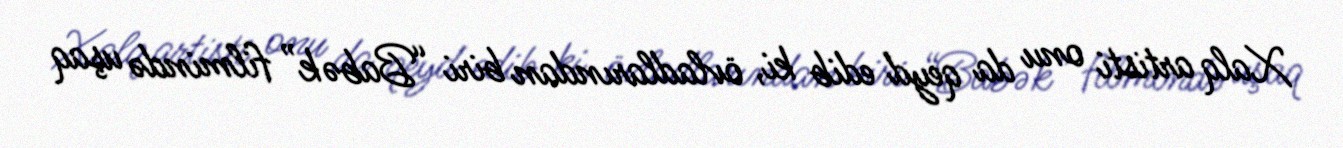
Xalq artisti onu da qeyd edib ki, övladlarından biri “Babək” filmində uşaq